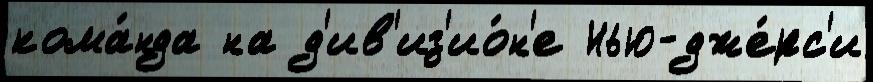
кома́нда на д'ив'из'ио́н'е Нью-дже́рс'и